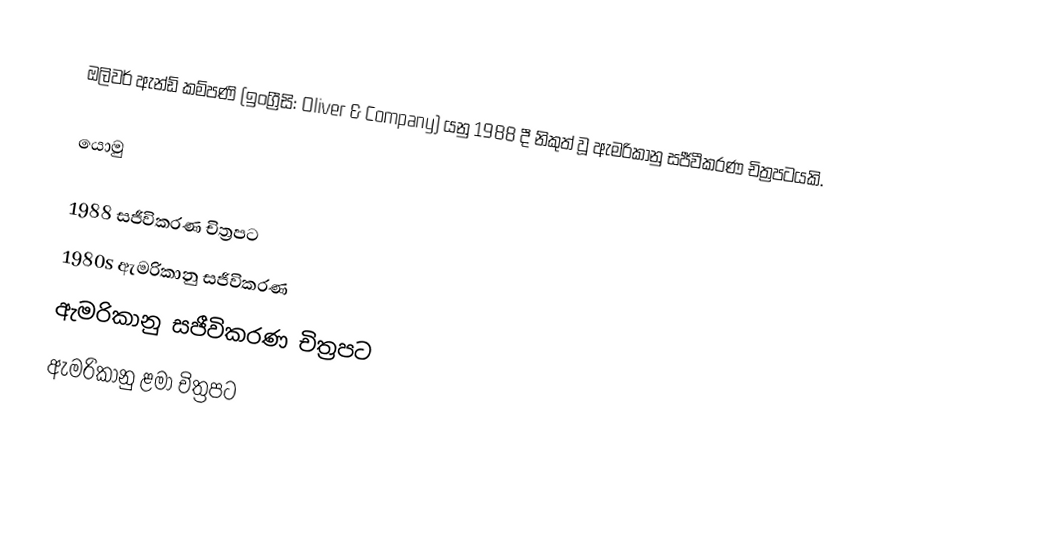
ඔලිවර් ඇන්ඩ් කම්පණි (ඉංග්‍රීසි: Oliver & Company) යනු 1988 දී නිකුත් වූ ඇමරිකානු සජීවීකරණ චිත්‍රපටයකි.

යොමු

1988 සජීවිකරණ චිත්‍රපට
1980s ඇමරිකානු සජීවිකරණ
ඇමරිකානු සජීවිකරණ චිත්‍රපට
ඇමරිකානු ළමා චිත්‍රපට